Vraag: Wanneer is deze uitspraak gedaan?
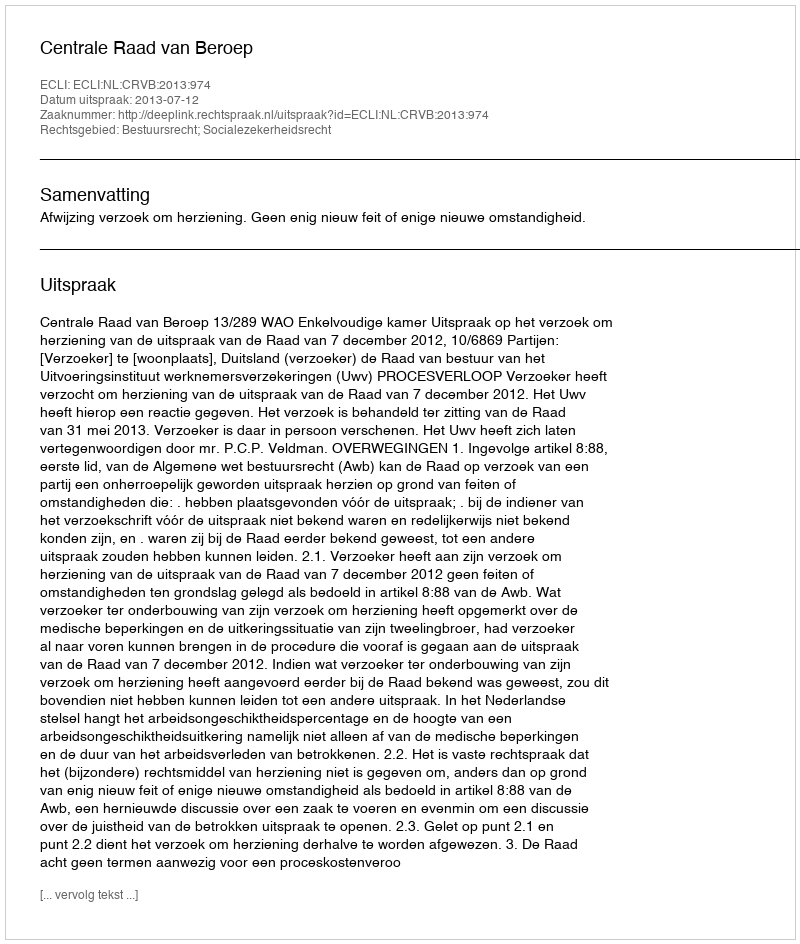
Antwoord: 2013-07-12